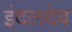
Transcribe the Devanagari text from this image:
इंदलदेव